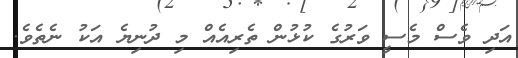
އަދި ވެސް މެސީ ވަރުގެ ކުޅުން ތެރިއެއް މި ދުނިޔެ އަކު ނެތެވެ.